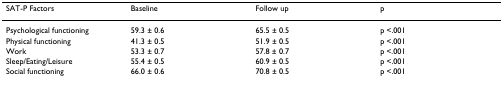
| SAT-P Factors | Baseline | Follow up | p |
 | --- | --- | --- | --- |
 | Psychological functioning | 59.3 ± 0.6 | 65.5 ± 0.5 | p <.001 |
 | Physical functioning | 41.3 ± 0.5 | 51.9 ± 0.5 | p <.001 |
 | Work | 53.3 ± 0.7 | 57.8 ± 0.7 | p <.001 |
 | Sleep/Eating/Leisure | 55.4 ± 0.5 | 60.9 ± 0.5 | p <.001 |
 | Social functioning | 66.0 ± 0.6 | 70.8 ± 0.5 | p <.001 |